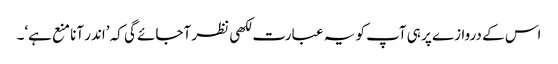
اس کے دروازے پر ہی آپ کو یہ عبارت لکھی نظر آجائے گی کہ ’اندر آنا منع ہے‘۔